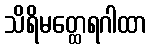
သိရိမတ္ထေရဂါထာ